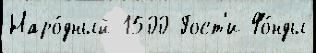
Наро́дный 1500 Гост'и Фо́нды